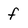
Character: f